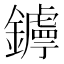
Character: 𨮣